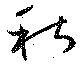
秋